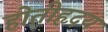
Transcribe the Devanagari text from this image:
होतीहृदय